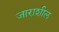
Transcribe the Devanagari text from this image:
जाराशील